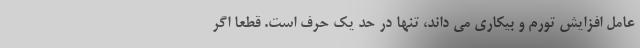
عامل افزایش تورم و بیکاری می داند، تنها در حد یک حرف است. قطعا اگر